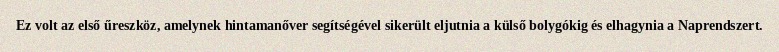
Ez volt az első űreszköz, amelynek hintamanőver segítségével sikerült eljutnia a külső bolygókig és elhagynia a Naprendszert.